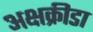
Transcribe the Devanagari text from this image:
अक्षक्रीडा